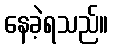
နေခဲ့ရသည်။